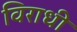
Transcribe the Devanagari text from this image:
विराधी